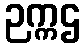
ဉက္ကဌ